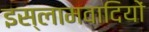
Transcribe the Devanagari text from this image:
इस्लामवादियों